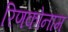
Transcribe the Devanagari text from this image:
रिणकोनाम